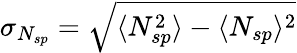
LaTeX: \sigma_{N_{sp}}=\sqrt{\langle N_{sp}^{2}\rangle-\langle N_{sp}\rangle^{2}}